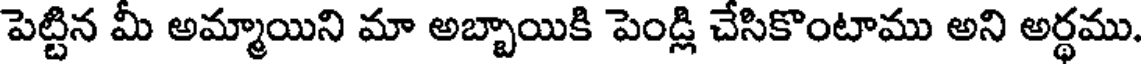
పెట్టిన మీ అమ్మాయిని మా అబ్బాయికి పెండ్లి చేసికొంటాము అని అర్థము.